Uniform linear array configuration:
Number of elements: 16
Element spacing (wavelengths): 0.5
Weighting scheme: hamming
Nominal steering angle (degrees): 45
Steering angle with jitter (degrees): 43.27
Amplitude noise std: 0.05
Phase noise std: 0.05

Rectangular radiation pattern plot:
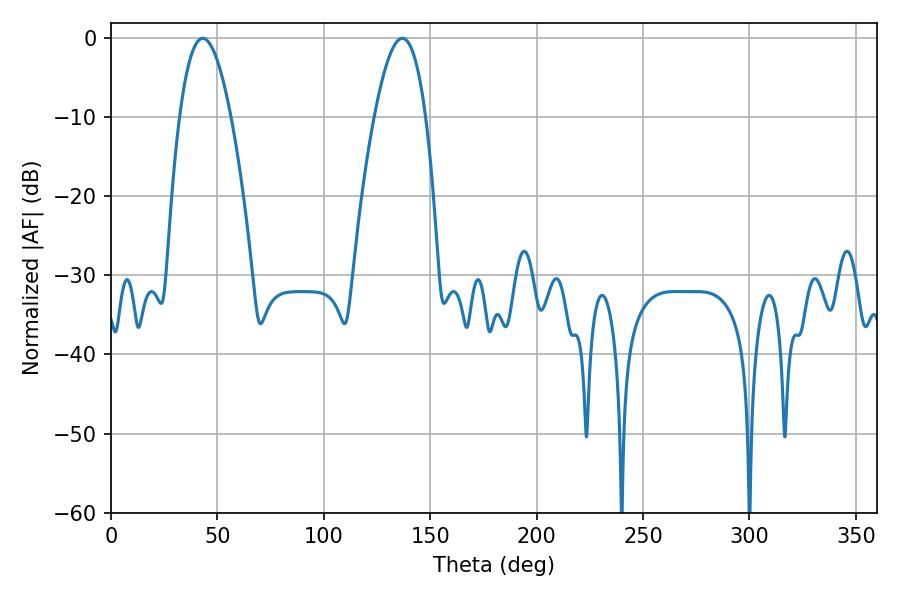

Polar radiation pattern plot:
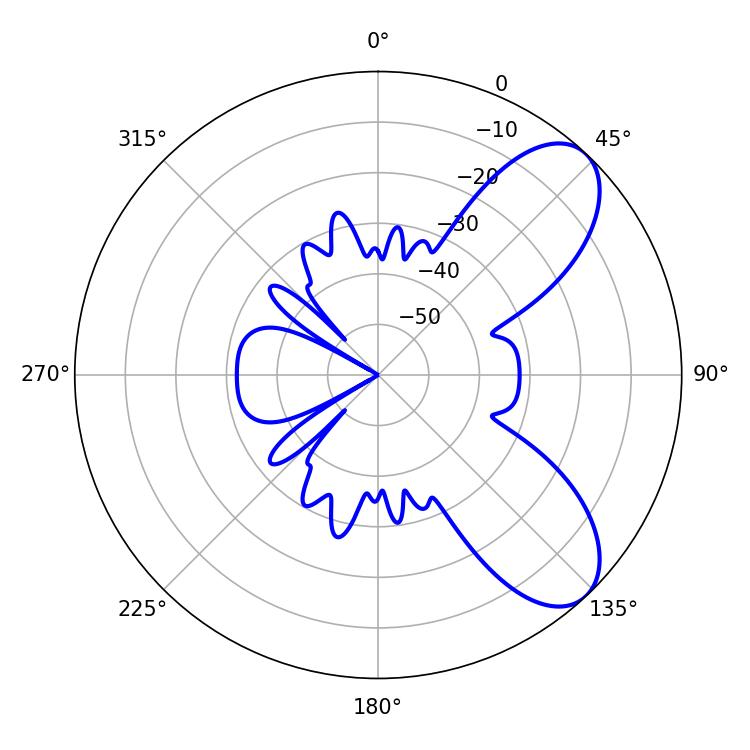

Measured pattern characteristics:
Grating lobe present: FALSE
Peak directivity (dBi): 7.675
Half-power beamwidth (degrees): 13.14
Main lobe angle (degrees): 43.02